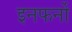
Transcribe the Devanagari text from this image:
इनफर्नो